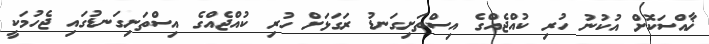
ޚާއްސަކޮށް އުކުނު ހުރި ކުއްޖެއްގެ އިސްތަށިގަނޑު ރަގަޅަށް ހުރި ކުއްޖެއްގެ އިސްތަށިގަނޑުގައި ޖެހުމަކީ